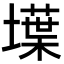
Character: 𡑢